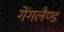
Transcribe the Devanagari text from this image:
गेंगलैण्ड